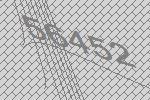
56452